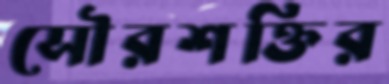
সৌরশক্তির